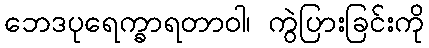
ဘေဒပုရေက္ခာရတာဝါ၊ ကွဲပြားခြင်းကို